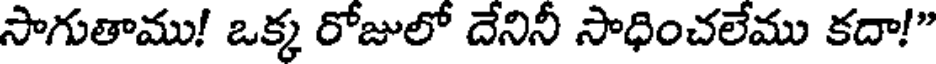
సాగుతాము! ఒక్క రోజులో దేనినీ సాధించలేము కదా!"